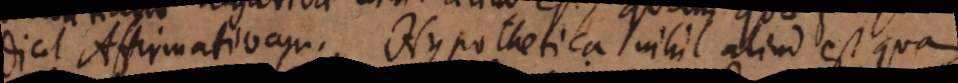
dicit Affirmativam. Hypothetica nihil aliud est quam